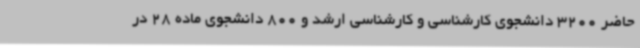
حاضر 3200 دانشجوی کارشناسی و کارشناسی ارشد و 800 دانشجوی ماده 28 در